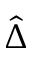
\hat { \Delta }